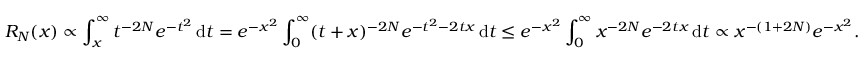
R _ { N } ( x ) \propto \int _ { x } ^ { \infty } t ^ { - 2 N } e ^ { - t ^ { 2 } } \, \mathrm { d } t = e ^ { - x ^ { 2 } } \int _ { 0 } ^ { \infty } ( t + x ) ^ { - 2 N } e ^ { - t ^ { 2 } - 2 t x } \, \mathrm { d } t \leq e ^ { - x ^ { 2 } } \int _ { 0 } ^ { \infty } x ^ { - 2 N } e ^ { - 2 t x } \, \mathrm { d } t \propto x ^ { - ( 1 + 2 N ) } e ^ { - x ^ { 2 } } .